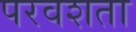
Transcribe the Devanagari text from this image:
परवशता